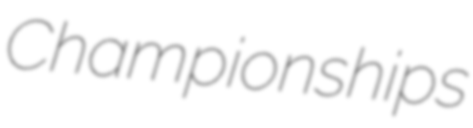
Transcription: Championships